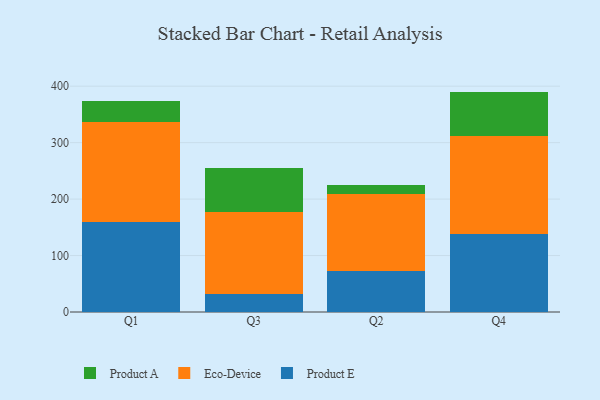
{"axis": {"x": "Quarter", "y": "Tickets Resolved"}, "legend": ["Eco-Device", "Product A", "Product E"], "data": [{"x": "Q1", "y": 159.6, "type": "Product E"}, {"x": "Q1", "y": 176.8, "type": "Eco-Device"}, {"x": "Q1", "y": 38.0, "type": "Product A"}, {"x": "Q3", "y": 31.3, "type": "Product E"}, {"x": "Q3", "y": 145.3, "type": "Eco-Device"}, {"x": "Q3", "y": 77.9, "type": "Product A"}, {"x": "Q2", "y": 71.8, "type": "Product E"}, {"x": "Q2", "y": 136.8, "type": "Eco-Device"}, {"x": "Q2", "y": 16.7, "type": "Product A"}, {"x": "Q4", "y": 138.4, "type": "Product E"}, {"x": "Q4", "y": 173.2, "type": "Eco-Device"}, {"x": "Q4", "y": 78.8, "type": "Product A"}]}